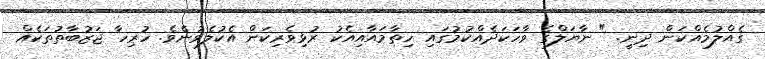
ގެއްލުމެއްކަން ދިނީ. " ނާޔަލްގެ ވާހަކަދެއްކުމުގައި ހިތާމައާއިއެކު ރުޅިވެރިކަން އެކުލެވުނެވެ. ހުރިހާ ޖަޒުބާތުތަކެއް